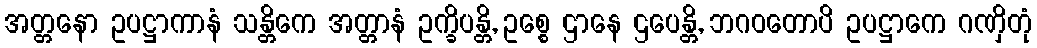
အတ္တနော ဥပဋ္ဌာကာနံ သန္တိကေ အတ္တာနံ ဥက္ခိပန္တိ, ဥစ္စေ ဌာနေ ဌပေန္တိ, ဘဂဝတောပိ ဥပဋ္ဌာကေ ဂဏှိတုံ